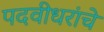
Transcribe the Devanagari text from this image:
पदवीधरांचे